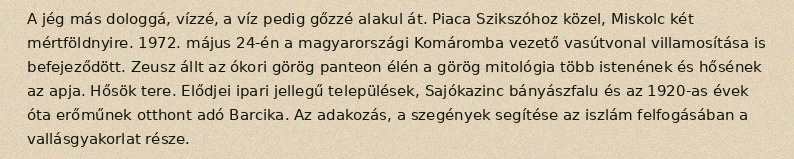
A jég más dologgá, vízzé, a víz pedig gőzzé alakul át. Piaca Szikszóhoz közel, Miskolc két mértföldnyire. 1972. május 24-én a magyarországi Komáromba vezető vasútvonal villamosítása is befejeződött. Zeusz állt az ókori görög panteon élén a görög mitológia több istenének és hősének az apja. Hősök tere. Elődjei ipari jellegű települések, Sajókazinc bányászfalu és az 1920-as évek óta erőműnek otthont adó Barcika. Az adakozás, a szegények segítése az iszlám felfogásában a vallásgyakorlat része.